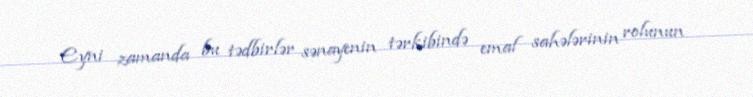
Eyni zamanda bu tədbirlər sənayenin tərkibində emal sahələrinin rolunun